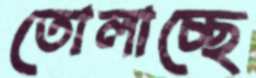
তোলাচ্ছে